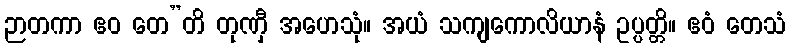
ဉာတကာ ဧဝ တေ”တိ တုဏှီ အဟေသုံ။ အယံ သကျကောလိယာနံ ဥပ္ပတ္တိ။ ဧဝံ တေသံ